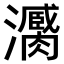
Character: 𤃼